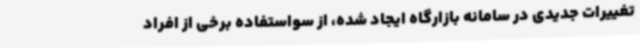
تغییرات جدیدی در سامانه بازارگاه ایجاد شده، از سواستفاده برخی از افراد